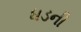
ધડની